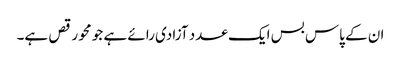
ان کے پاس بس ایک عدد آزادی رائے ہے جو محو رقص ہے۔